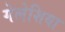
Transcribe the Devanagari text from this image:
गेलेशिया